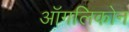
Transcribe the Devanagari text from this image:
ऑगलिकोन